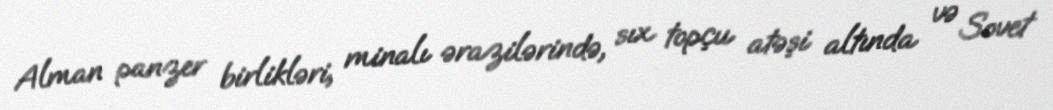
Alman panzer birlikləri, minalı ərazilərində, sıx topçu atəşi altında və Sovet